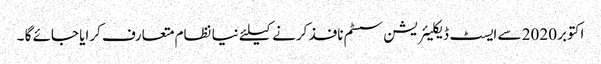
اکتوبر 2020 سے ایسٹ ڈیکلیئریشن سسٹم نافذ کرنے کیلئے نیا نظام متعارف کرایا جائے گا ۔